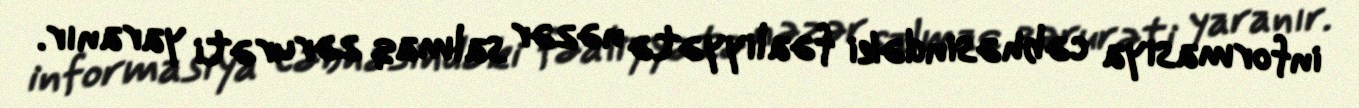
informasiya cəbhəsindəki fəaliyyətə nəzər salmaq zərurəti yaranır.